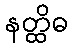
နတ္ထိဓ